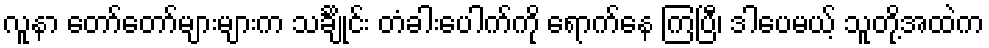
လူနာ တော်တော်များများက သင်္ချိုင်း တံခါးပေါက်ကို ရောက်နေ ကြပြီ၊ ဒါပေမယ့် သူတို့အထဲက